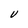
Character: V